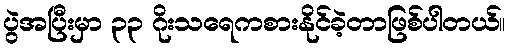
ပွဲအပြီးမှာ ၃၃ ဂိုးသရေကစားနိုင်ခဲ့တာဖြစ်ပါတယ်။